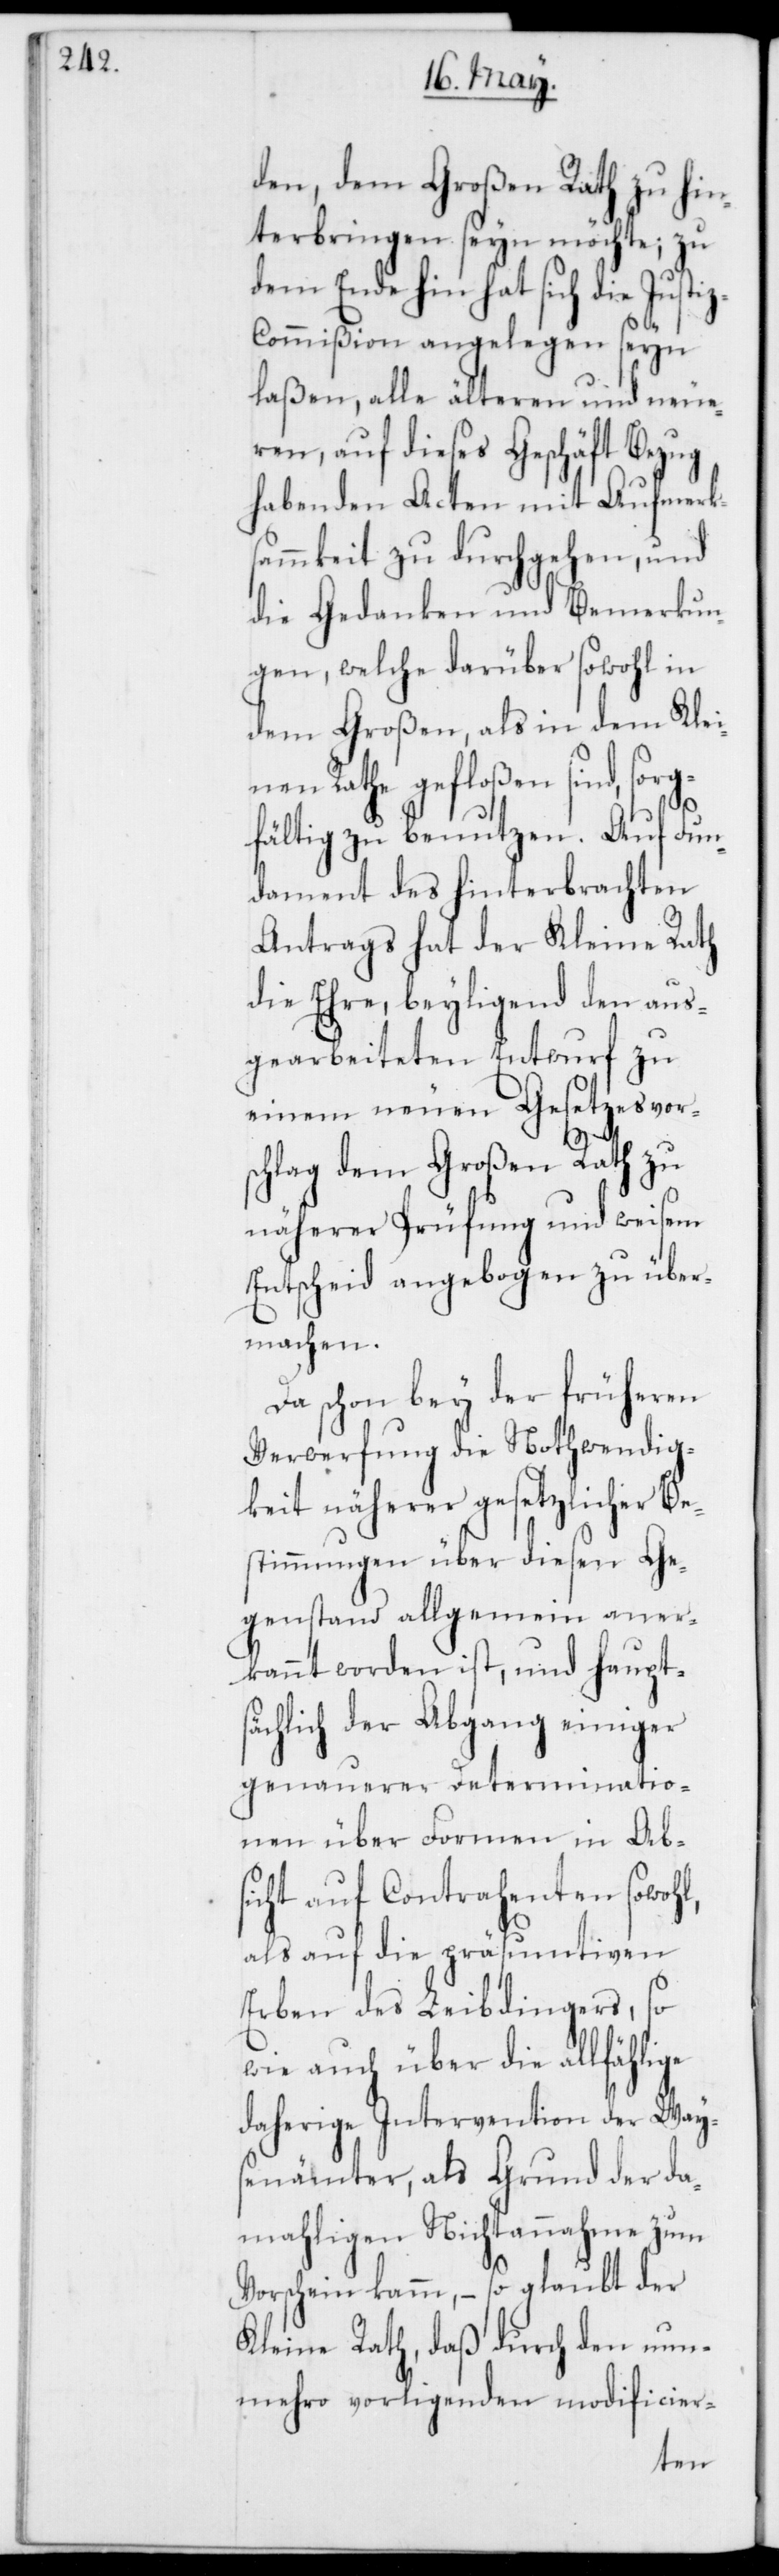
den dem Großen Rath zu hin¬
terbringen seyn möchte; zu
dem Ende hin hat sich die Just¬
z-Commißion angelegen seyn
laßen, alle älteren und neue¬
ren, auf dieses Geschäft Bezug
habenden Acten mit Aufmerks¬
ammkeit zu durchgehen, und
die Gedanken und Bemerkun¬
gen, welche darüber sowohl in
dem Großen, als in dem Klei¬
nen Rathe gefloßen sind, sorg¬
der
fältig zu benutzen. Auf Fun¬
dament des hinterbrachten
Antrags hat der Kleine Rath
die Ehre, beyligend den aus¬
gearbeiteten Entwurf zu
einem neuen Gesetzesvor¬
schlag dem Großen Rath zu
näherer Prüfung und weisem
Entscheid angebogen zu über¬
machen.
Da schon bey der früheren
Verwerfung die Nothwendig¬
keit näherer gesetzlicher Be¬
stimmungen über diesen Ge¬
genstand allgemein aner¬
kannt worden ist, und haupts¬
ächlich der Abgang einiger
genauerer Determinatio¬
nen über Formen in Abs¬
icht auf Contrahenten sowohl,
als auf die präsumtiven
Erben des Leibdingers, so
wie auch über die allfählige
daherige Intervention der Way¬
senämter, als Grund der da¬
mahligen Nichtannahme zum
Kleine Rath, daß durch den nun¬
mehro vorligenden modificier-